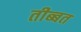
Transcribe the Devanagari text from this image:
तीब्‍बत